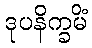
ဒုပနိက္ခမိံ